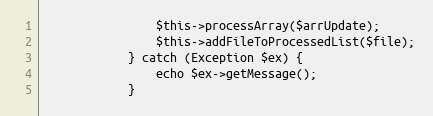
Language: PHP
                $this->processArray($arrUpdate);
                $this->addFileToProcessedList($file);
            } catch (Exception $ex) {
                echo $ex->getMessage();
            }